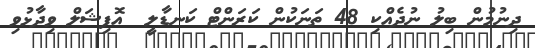
ދިނުމުން ބިލު ނުދެއްކި 48 ތަނަކުން ކަރަންޓް ކަނޑާލީ  އޮފިޝަލް ވިދާޅުވި